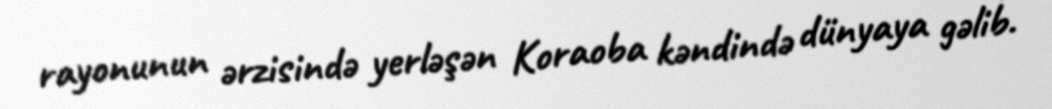
rayonunun ərzisində yerləşən Koraoba kəndində dünyaya gəlib.